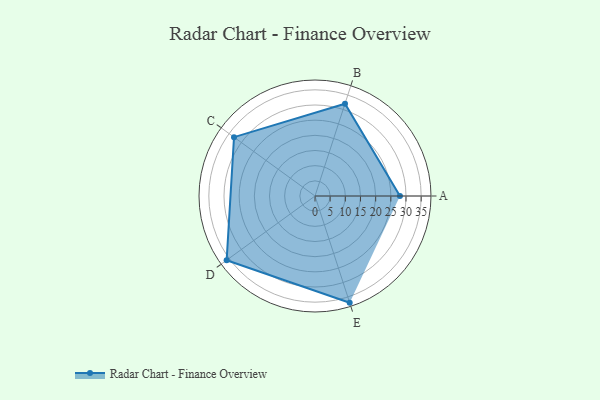
{"axis": {"x": "Skill", "y": "Score"}, "legend": ["Profile"], "data": [{"x": "A", "y": 28.0, "type": "Profile"}, {"x": "B", "y": 32.0, "type": "Profile"}, {"x": "C", "y": 33.0, "type": "Profile"}, {"x": "D", "y": 36.0, "type": "Profile"}, {"x": "E", "y": 37.0, "type": "Profile"}]}